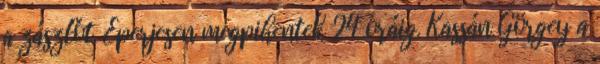
a zászlót. Eperjesen megpihentek 24 óráig. Kassán Görgey a